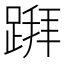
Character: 𨃅